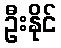
ဦးနိုင်